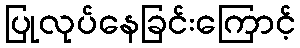
ပြုလုပ်နေခြင်းကြောင့်